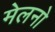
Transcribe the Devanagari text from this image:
मेलनो